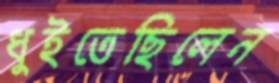
ধুইতেছিলেন